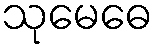
သုမေဓေ